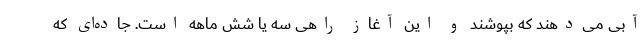
آبی می‌دهند که بپوشند و این آغاز راهی سه یا شش ماهه است. جاده‌ای که